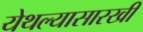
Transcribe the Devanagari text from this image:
येथल्यासारखी